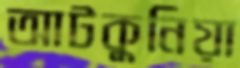
আটকুনিয়া